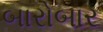
બારોબાર